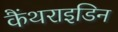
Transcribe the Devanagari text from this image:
कैंथराइडिन